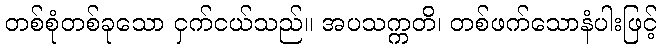
တစ်စုံတစ်ခုသော ငှက်ငယ်သည်။ အပသက္ကတိ၊ တစ်ဖက်သောနံပါးဖြင့်